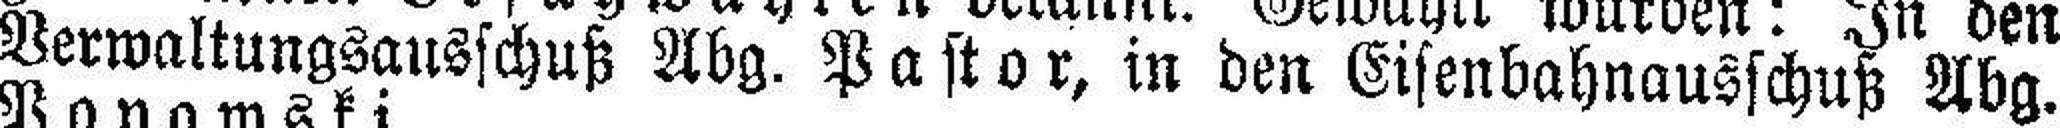
Verwaltungsausschuß Abg. Pastor, in den Eisenbahnausschuß Abg.